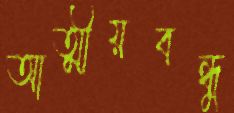
আত্মীয়বন্ধু